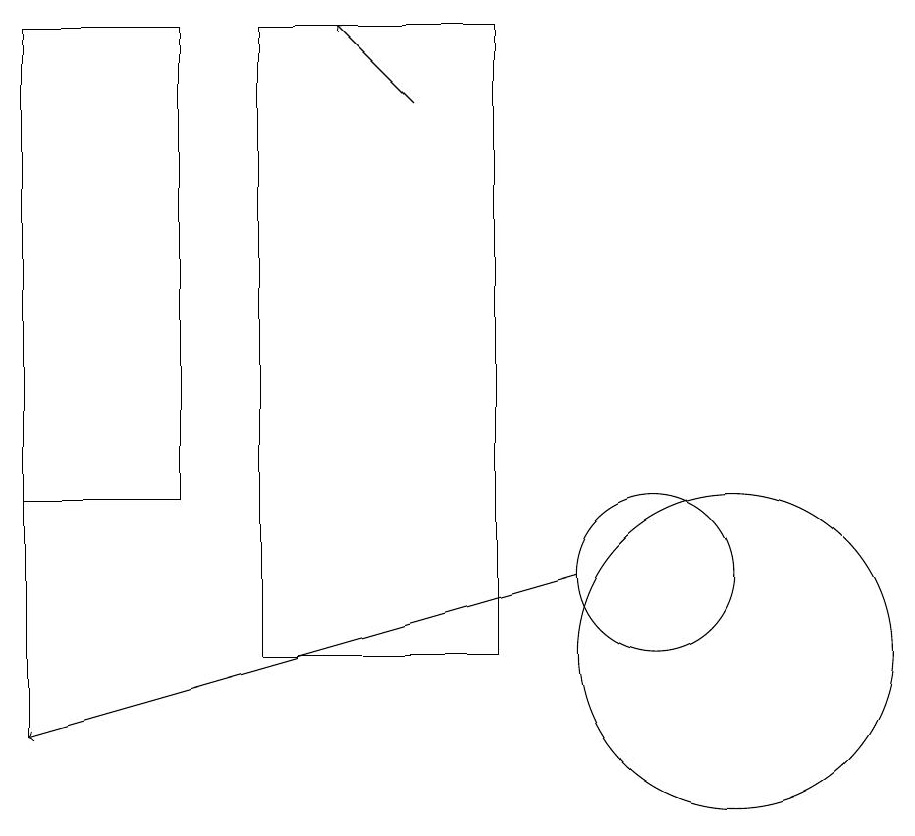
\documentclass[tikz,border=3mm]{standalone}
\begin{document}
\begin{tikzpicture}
\draw (4,13) rectangle (2,19);
\draw (10,12) circle (1);
\draw[->] (9,12) -- (2,10);
\draw[->] (7,18) -- (6,19);
\draw (5,11) rectangle (8,19);
\draw (2,10) rectangle (2,19);
\draw (11,11) circle (2);
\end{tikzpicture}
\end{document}